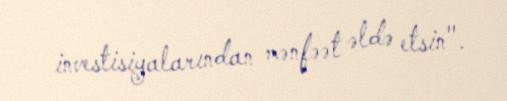
investisiyalarından mənfəət əldə etsin".